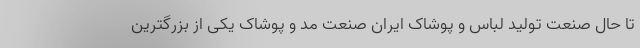
تا حال صنعت تولید لباس و پوشاک ایران صنعت مد و پوشاک یکی از بزرگترین